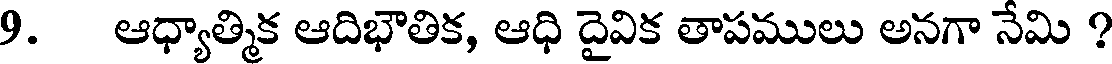
9. ఆధ్యాత్మిక ఆదిభౌతిక, ఆధి దైవిక తాపములు అనగా నేమి ?